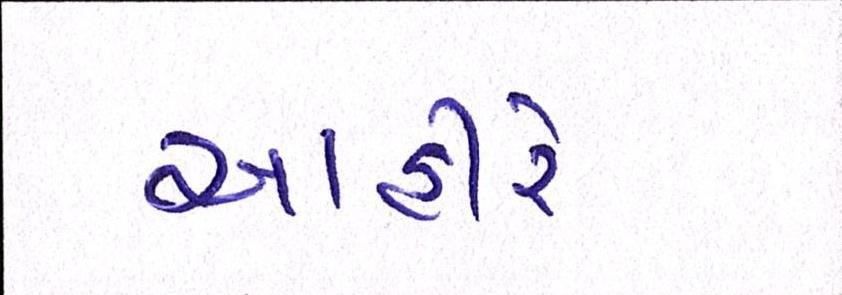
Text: આહીરે